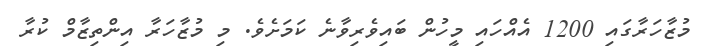
މުޒާހަރާގައި 1200 އެއްހައި މީހުން ބައިވެރިވާނެ ކަމަށެވެ. މި މުޒާހަރާ އިންތިޒާމް ކުރާ